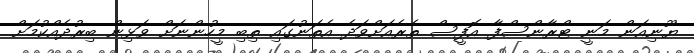
ޔޫނިއަން މަނީ ޓްރާންސްފާ އޮފީސް ތެރެއަށްވަދެ އެތަނުގައި ތިބި މީހުންނަށް ވަޅިން ބިރުދެއްކުމަށް